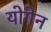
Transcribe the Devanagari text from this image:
योगेन